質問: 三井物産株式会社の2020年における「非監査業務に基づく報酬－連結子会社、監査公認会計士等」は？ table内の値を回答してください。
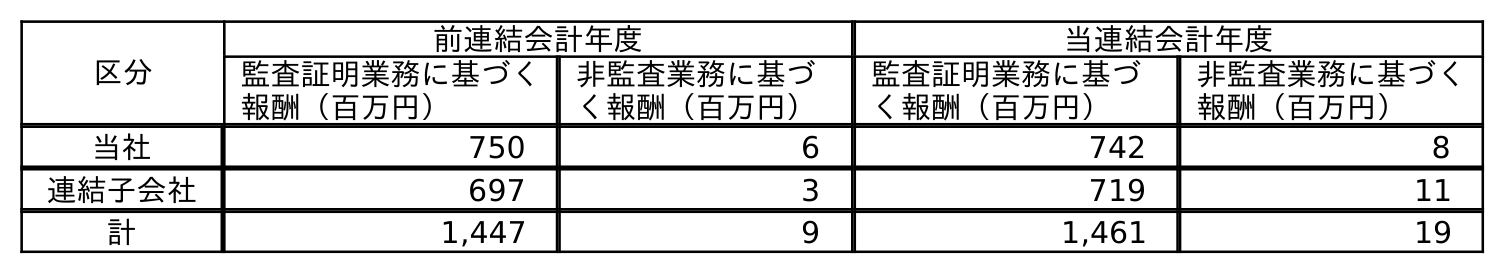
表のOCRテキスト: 区分 前連結会計年度 当連結会計年度 監査証明業務に基づく 報酬（百万円） 非監査業務に基づ く報酬（百万円） 監査証明業務に基づ く報酬（百万円） 非監査業務に基づく 報酬（百万円） 当社 750 6 742 8 連結子会社 697 3 719 11 計 1,447 9 1,461 19
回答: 11